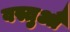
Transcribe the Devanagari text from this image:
वस्तुऔं